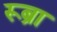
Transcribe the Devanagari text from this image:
रूब्रा